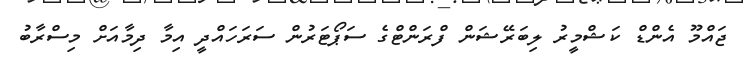
ޖައްމޫ އެންޑް ކަޝްމީރު ލިބަރޭޝަން ފްރަންޓްގެ ސަޕޯޓަރުން ސަރަހައްދީ އިމާ ދިމާއަށް މިސްރާބު